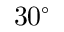
3 0 ^ { \circ }